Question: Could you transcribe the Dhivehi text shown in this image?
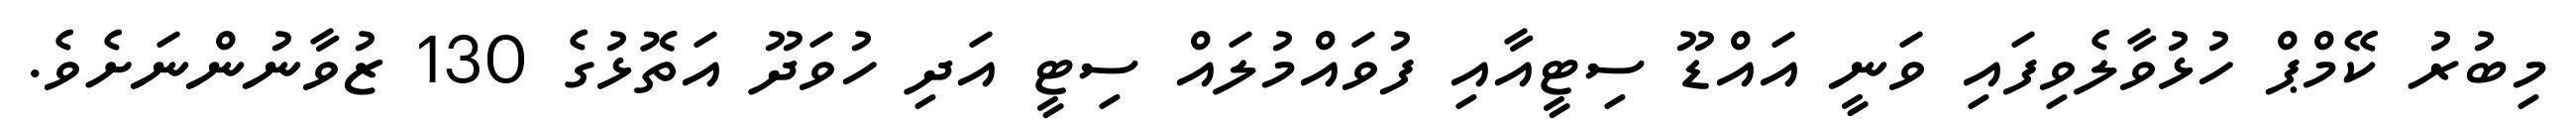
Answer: މިބުރު ކޭމްޕް ހުޅުވާލެވިފައި ވަނީ އައްޑޫ ސިޓީއާއި ފުވައްމުލައް ސިޓީ އަދި ހުވަދޫ އަތޮޅުގެ 130 ޒުވާނުންނަށެވެ.